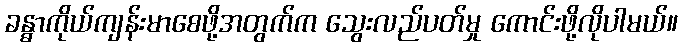
ခန္ဓာကိုယ်ကျန်းမာစေဖို့အတွက်က သွေးလည်ပတ်မှု ကောင်းဖို့လိုပါမယ်။